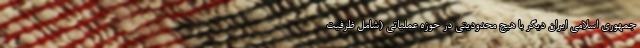
جمهوری اسلامی ایران دیگر با هیچ محدودیتی در حوزه عملیاتی (شامل ظرفیت